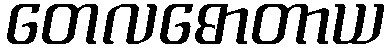
တေလဓောတာယ